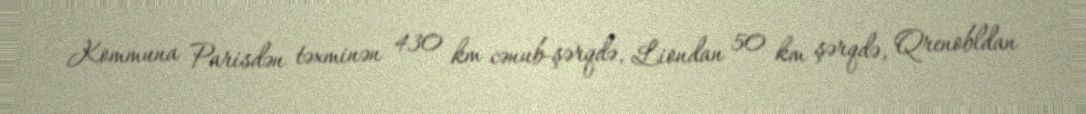
Kommuna Parisdən təxminən 430 km cənub-şərqdə, Liondan 50 km şərqdə, Qrenobldan